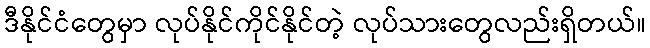
ဒီနိုင်ငံတွေမှာ လုပ်နိုင်ကိုင်နိုင်တဲ့ လုပ်သားတွေလည်းရှိတယ်။